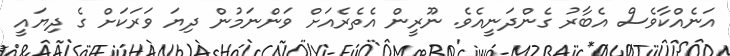
އަނެއްކާވެސް އެބާރު ގެންދަނީއެވެ. ނޫރީން އެތެރެއަށް ވަންނަމުން ދިޔަ ވަރަކަށް ގެ ދިޔައީ